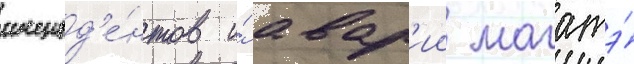
инцид'е́нтов и́ авар'ии магатэ́